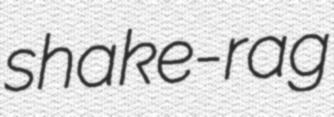
shake-rag